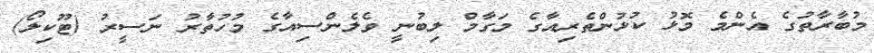
މުބާރާތުގެ އެންމެ މޮޅު ކުޅުންތެރިއާގެ މަގާމް ލިބުނީ ވެލެންސިއާގެ މުހުތާރު ނަސީރު (ޓޫކިލޯ)